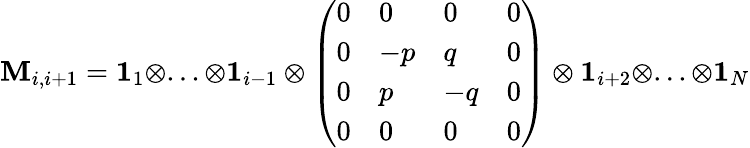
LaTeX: \mathbf{M}_{i,i+1}=\mathbf{{1}}_{1}\otimes...\otimes\mathbf{{1}}_{i-1}\otimes\left(\begin{array}{llll}{0}&{0}&{0}&{0}\\ {0}&{-p}&{q}&{0}\\ {0}&{p}&{-q}&{0}\\ {0}&{0}&{0}&{0}\end{array}\right)\otimes\mathbf{{1}}_{i+2}\otimes...\otimes\mathbf{{1}}_{N}